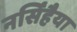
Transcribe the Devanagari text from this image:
नर्सिंहैया